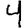
Digit: 4